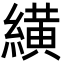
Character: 䌙